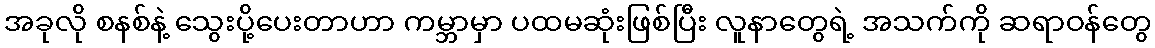
အခုလို စနစ်နဲ့ သွေးပို့ပေးတာဟာ ကမ္ဘာမှာ ပထမဆုံးဖြစ်ပြီး လူနာတွေရဲ့ အသက်ကို ဆရာဝန်တွေ